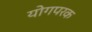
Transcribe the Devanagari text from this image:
योगपरक